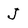
Character: J